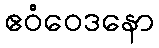
ဧဝံဝေဒနော